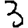
Digit: 3